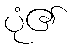
ပုံ၏